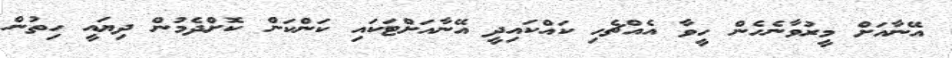
އޭނާއަށް މީރުވާނެހެން ހީވާ އެއްޗެހި ކައްކައިދީ އޭނާއަށްޓަކައި ކަންކަން ކޮށްދެމުން ދިޔައީ ހިތުން